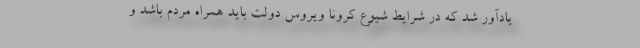
یادآور شد که در شرایط شیوع کرونا ویروس دولت باید همراه مردم باشد و